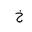
Letter: _kha